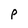
Character: P